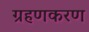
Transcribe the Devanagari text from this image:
ग्रहणकरण